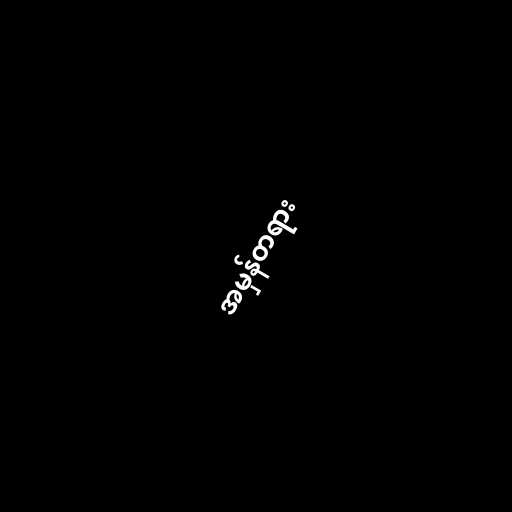
အမှန်တရား